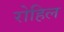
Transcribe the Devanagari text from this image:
रोहिल